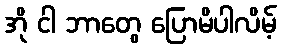
အို ငါ ဘာတွေ ပြောမိပါလိမ့်